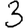
Digit: 3